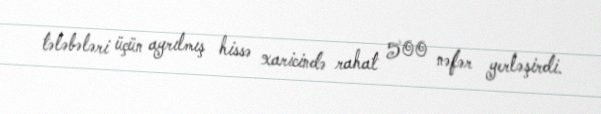
tələbələri üçün ayrılmış hissə xaricində rahat 500 nəfər yerləşirdi.